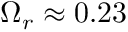
\Omega _ { r } \approx 0 . 2 3